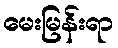
မေးမြန်းရာ